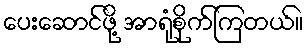
ပေးဆောင်ဖို့ အာရုံစိုက်ကြတယ်။